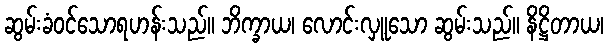
ဆွမ်းခံဝင်သောရဟန်းသည်။ ဘိက္ခာယ၊ လောင်းလှူသော ဆွမ်းသည်။ နိဋ္ဌိတာယ၊